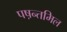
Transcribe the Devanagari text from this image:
पष़न्तमिल